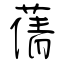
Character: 蒨